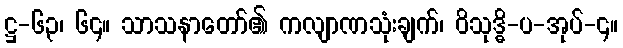
ဋ္ဌ-၆၃၊ ၆၄။ သာသနာတော်၏ ကလျာဏသုံးချက်၊ ဝိသုဒ္ဓိ-ပ-အုပ်-၄။